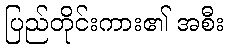
ပြည်တိုင်းကား၏ အစီး